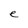
Character: e